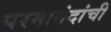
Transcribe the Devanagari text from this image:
परमानंदांची